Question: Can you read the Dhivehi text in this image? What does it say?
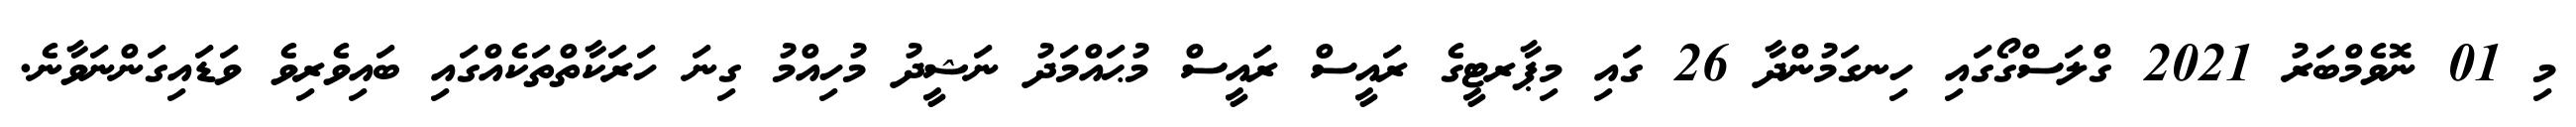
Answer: މި 01 ނޮވެމްބަރު 2021 ގްލަސްގޯގައި ހިނގަމުންދާ 26 ގައި މިޕާރޓީގެ ރައީސް ރައީސް މުޙައްމަދު ނަޝީދު މުހިއްމު ގިނަ ހަރަކާތްތަކެއްގައި ބައިވެރިވެ ވަޑައިގަންނަވާނެ.